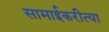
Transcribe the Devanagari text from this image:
सामाईकरीत्या